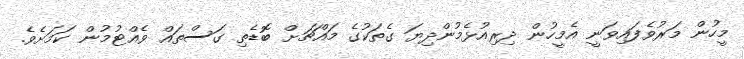
މީހުން މަރުވެފައިވަނީ އެމީހުން ދިރިއުޅެމުންދިޔަ ގެތަކުގެ މައްޗަށް ބޮޑެތި ގަސްތައް ވެއްޓުމުން ކަމަށެވެ.